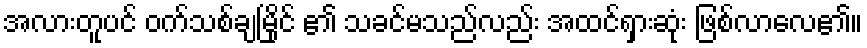
အလားတူပင် ဝက်သစ်ချမြိုင် ၏ သခင်မသည်လည်း အထင်ရှားဆုံး ဖြစ်လာလေ၏။